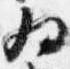
為